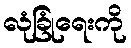
လုံခြုံရေးကို